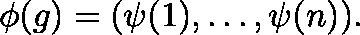
\mathbf { \phi } ( g ) = ( \psi ( 1 ) , \dots , \psi ( n ) ) .